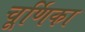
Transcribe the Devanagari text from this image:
चूर्णिका